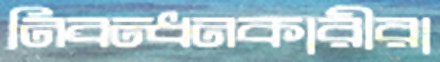
নিবন্ধনকারীরা